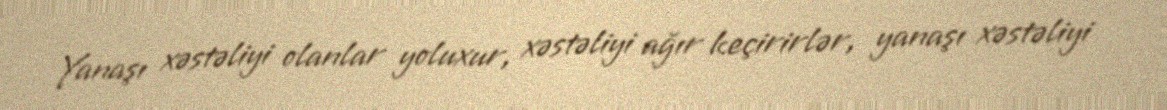
Yanaşı xəstəliyi olanlar yoluxur, xəstəliyi ağır keçirirlər, yanaşı xəstəliyi